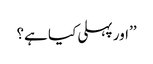
’’اور پہلی کیا ہے؟